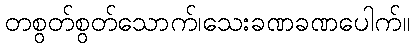
တစွတ်စွတ်သောက်၊သေးခဏခဏပေါက်။